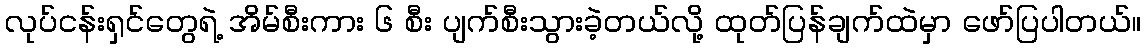
လုပ်ငန်းရှင်တွေရဲ့ အိမ်စီးကား ၆ စီး ပျက်စီးသွားခဲ့တယ်လို့ ထုတ်ပြန်ချက်ထဲမှာ ဖော်ပြပါတယ်။